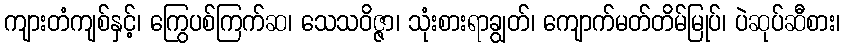
ကျားတံကျစ်နှင့်၊ ကြွေပစ်ကြက်ဆ၊ သေသဝိဇ္ဇာ၊ သုံးစားရာချွတ်၊ ကျောက်မတ်တိမ်မြုပ်၊ ပဲဆုပ်ဆီစား၊